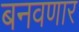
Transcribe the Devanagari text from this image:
बनवणार